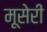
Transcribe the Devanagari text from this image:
मूसेरी